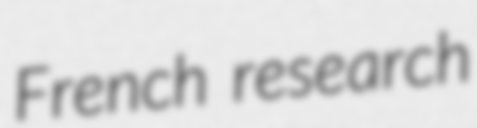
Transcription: French research